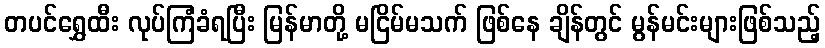
တပင်ရွှေထီး လုပ်ကြံခံရပြီး မြန်မာတို့ မငြိမ်မသက် ဖြစ်နေ ချိန်တွင် မွန်မင်းများဖြစ်သည့်